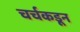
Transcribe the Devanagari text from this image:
चर्चकडून